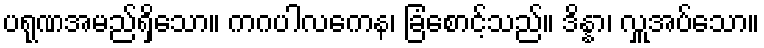
ပရုဏအမည်ရှိသော။ ကဂပါလကေန၊ ခြံစောင့်သည်။ ဒိန္နာ၊ လှူအပ်သော။